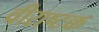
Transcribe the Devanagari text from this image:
वीराष्टक